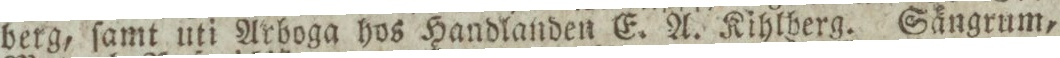
berg, ſamt uti Arboga hos Handlanden E. A. Kihlberg. Sängrum,